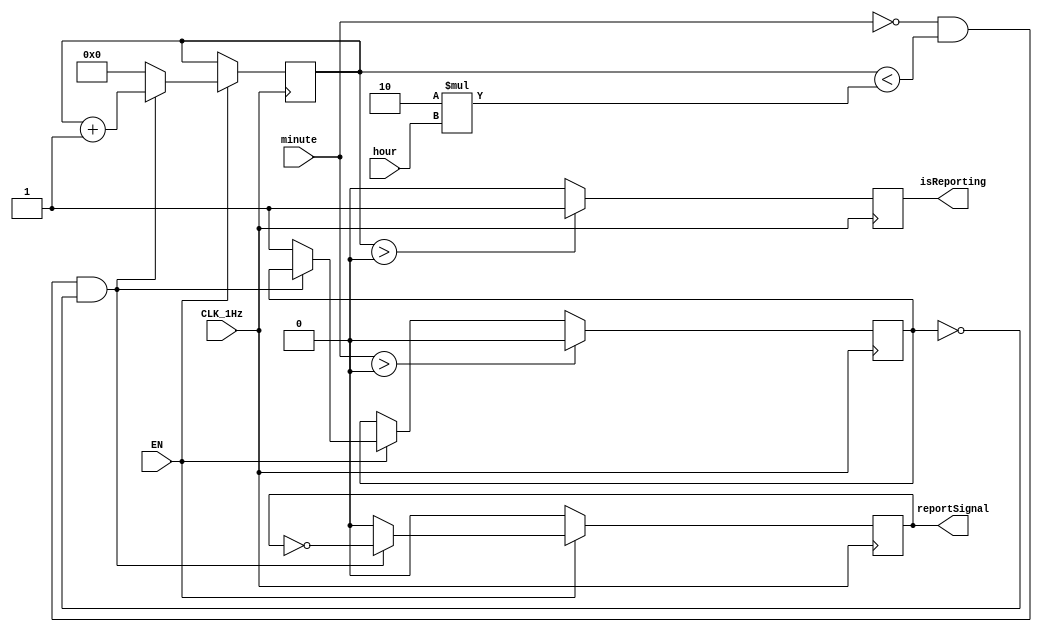
`timescale 1ns / 1ps
//////////////////////////////////////////////////////////////////////////////////
// Company: 
// 
// Design Name: 
// Module Name: PunctuallyReporter
// Project Name: 
// Target Devices: 
// Tool Versions: 
// Description: 
// 
// Dependencies: 
// 
// Revision:
// Revision 0.01 - File Created
// Additional Comments:
// 
//////////////////////////////////////////////////////////////////////////////////


module PunctuallyReporter(
    input [7:0] minute,
    input [4:0] hour,
    input EN,
    input CLK_1Hz,
    output reg isReporting = 0,
    output reg reportSignal = 0
    );
    reg [5:0] flashingTime = 0;
    reg hasReport = 0;
    always @(posedge CLK_1Hz)
        begin
            if (EN == 0) reportSignal = 1'b0;
            else if (minute[7:0] == 0 && flashingTime < 2 * (hour[4:0]) && hasReport == 1'b0)
                begin
                    reportSignal <= ~reportSignal;
                    flashingTime <= flashingTime + 1'b1;
                end
            else
                begin
                    reportSignal <= 1'b0;
                    flashingTime <= 1'b0;
                    hasReport <= 1'b1;
                end
                
            if (minute[7:0] > 0)
                hasReport <= 1'b0;
            if (flashingTime > 0)
                isReporting <= 1;
            else isReporting <= 0;
        end      
endmodule